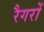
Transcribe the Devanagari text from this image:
रैगरों